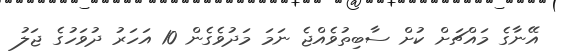
އޭނާގެ މައްޗަށް ކުށް ސާބިތުވެއްޖެ ނަމަ މަދުވެގެން 10 އަހަރު ދުވަހުގެ ޖަލު